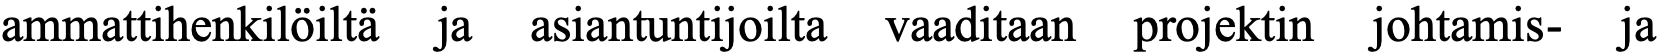
ammattihenkilöiltä ja asiantuntijoilta vaaditaan projektin johtamis- ja